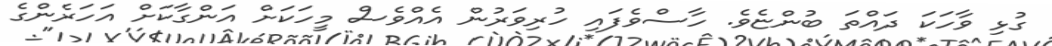
ގުޅި ވާހަކަ ދައްތަ ބުންޏެވެ. ހާސްވެފައި ހުރިވަރުން އެއްވެސް މީހަކަށް އަންގާކަށް އަހަރެންގެ